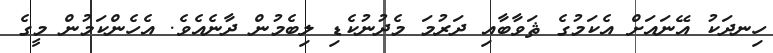
ހިނދަކު އޭނައަށް އެކަމުގެ ޘަވާބާއި ދަރުމަ މެދުނުކެޑި ލިބެމުން ދާނެއެވެ. އެހެންކަމުން މީގެ